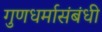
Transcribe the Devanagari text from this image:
गुणधर्मासंबंधी